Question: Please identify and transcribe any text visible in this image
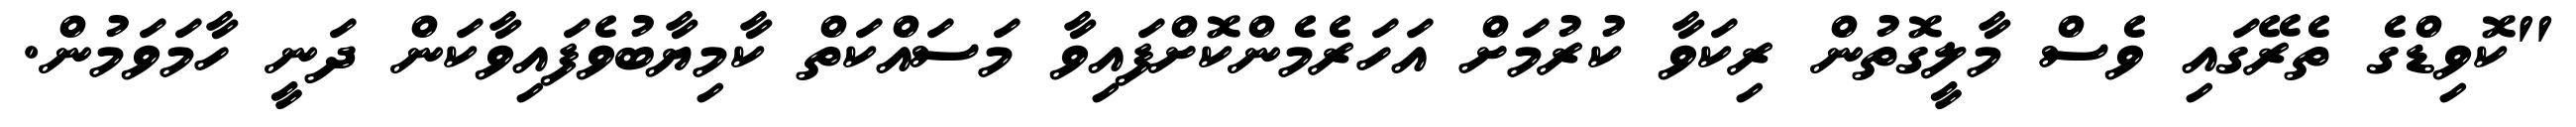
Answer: "ކޮވިޑްގެ ތެރޭގައި ވެސް މާލީގޮތުން ރިކަވާ ކުރުމަށް އަހަރެމެންކޮށްފައިވާ މަސައްކަތް ކާމިޔާބުވެފައިވާކަން ދަނީ ހާމަވަމުން.